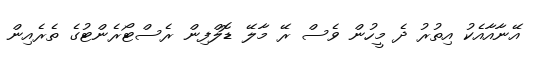
އޭނާއާއެކު އިތުރު ދެ މީހުން ވެސް ރޭ މާލޭ ޑޮލްފިން ރެސްޓޯރެންޓުގެ ތެރެއިން